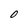
Character: O